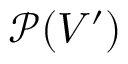
\mathcal { P } ( V ^ { \prime } )